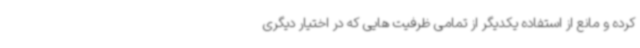
کرده و مانع از استفاده یکدیگر از تمامی ظرفیت هایی که در اختیار دیگری